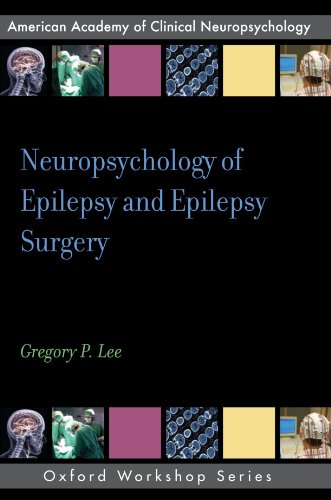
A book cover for Neuropsychology of Epilepsy and Epilepsy Surgery (AACN WORKSHOP SERIES); Gregory P. Lee; Health, Fitness & Dieting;